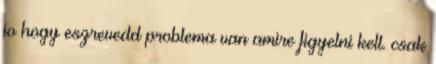
jo hogy eszrevedd problema van amire figyelni kell. csak